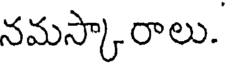
నమస్కారాలు.